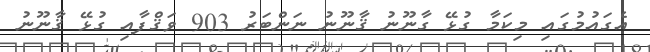
އެގައުމުގައި މިކަމާ ގުޅޭ ގާނޫނު ޤާނޫނު ނަންބަރު 903 ވަޤްފާއި ގުޅޭ ޤާނޫނު